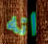
انه